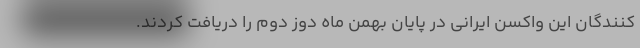
کنندگان این واکسن ایرانی در پایان بهمن ماه دوز دوم را دریافت کردند.